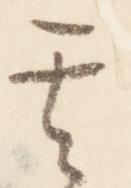
其